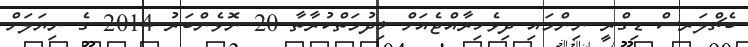
ބެޗްލަރސް ޑިގްރީ ނިންމައި ދިވެހިރާއްޖެއަށް ޚިދުމަތްކުރާތާ 20 ނޮވެންބަރު 2014 ގެ ނިޔަލަށް